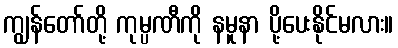
ကျွန်တော်တို့ ကုမ္ပဏီကို နမူနာ ပို့ပေးနိုင်မလား။